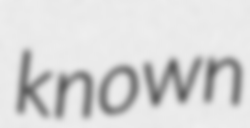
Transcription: known